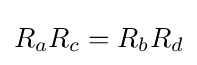
R_{a}R_{c}=R_{b}R_{d}